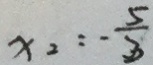
x _ { 2 } = - \frac { 5 } { 3 }